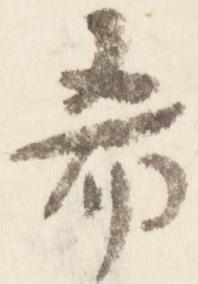
希